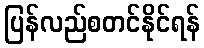
ပြန်လည်စတင်နိုင်ရန်